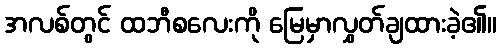
အလစ်တွင် ထဘီစလေးကို မြေမှာလွှတ်ချထားခဲ့၏။